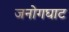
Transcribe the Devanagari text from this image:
जनोगघाट